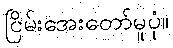
ငြိမ်းအေးတော်မူပုံ။